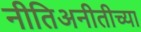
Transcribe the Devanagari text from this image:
नीतिअनीतीच्या